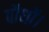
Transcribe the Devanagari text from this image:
पौधों।